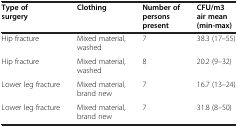
<table><thead><tr><td><b>Type of surgery</b></td><td><b>Clothing</b></td><td><b>Number of persons present</b></td><td><b>CFU/m3 air mean (min-max)</b></td></tr></thead><tbody><tr><td>Hip fracture</td><td>Mixed material, washed</td><td>7</td><td>38.3 (17–55)</td></tr><tr><td>Hip fracture</td><td>Mixed material, washed</td><td>8</td><td>20.2 (9–32)</td></tr><tr><td>Lower leg fracture</td><td>Mixed material, brand new</td><td>7</td><td>16.7 (13–24)</td></tr><tr><td>Lower leg fracture</td><td>Mixed material, brand new</td><td>7</td><td>31.8 (8–50)</td></tr></tbody></table>